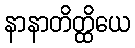
နာနာတိတ္ထိယေ